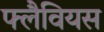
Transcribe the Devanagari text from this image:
फ्लैवियस